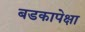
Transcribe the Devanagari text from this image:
बडकापेक्षा